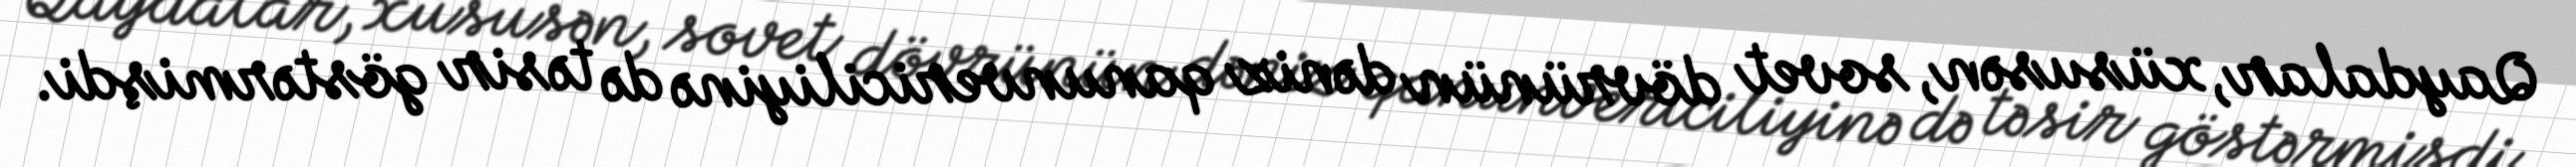
Qaydalar, xüsusən, sovet dövrünün dəniz qanunvericiliyinə də təsir göstərmişdi.